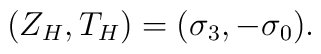
(Z_H, T_H) = (\sigma_3, -\sigma_0).